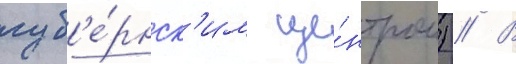
губ'е́рнск'им це́нтром) // В